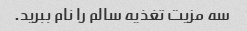
سه مزیت تغذیه سالم را نام ببرید.